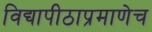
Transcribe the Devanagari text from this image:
विद्यापीठाप्रमाणेच